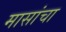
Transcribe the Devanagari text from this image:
मासांचा